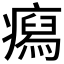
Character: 𤺎